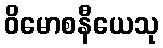
ဝိမောစနီယေသု